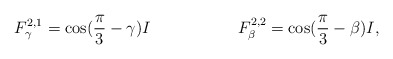
\begin{align*}F^{2,1}_{\gamma} &= \cos(\frac{\pi}{3} - \gamma) I & F^{2,2}_{\beta} &= \cos(\frac{\pi}{3} - \beta) I,\end{align*}